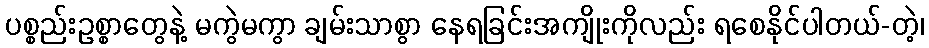
ပစ္စည်းဥစ္စာတွေနဲ့ မကွဲမကွာ ချမ်းသာစွာ နေရခြင်းအကျိုးကိုလည်း ရစေနိုင်ပါတယ်-တဲ့၊